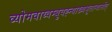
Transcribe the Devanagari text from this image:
व्योमवाय्वम्बुवह्न्याख्यभूतान्यासीत्